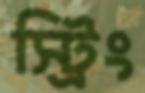
স্ট্রিং